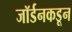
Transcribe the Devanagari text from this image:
जॉर्डनकडून